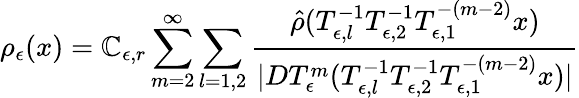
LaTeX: \rho_{\epsilon}(x)=\mathbb{C}_{\epsilon,r}\sum_{m=2}^{\infty}\sum_{l=1,2}\frac{{\hat{{\rho}}(T_{\epsilon,l}^{-1}T_{\epsilon,2}^{-1}T_{\epsilon,1}^{-(m-2)}x)}}{{|DT_{\epsilon}^{m}(T_{\epsilon,l}^{-1}T_{\epsilon,2}^{-1}T_{\epsilon,1}^{-(m-2)}x)|}}